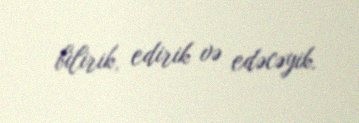
bilirik, edirik və edəcəyik.